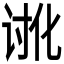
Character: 𮙉